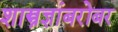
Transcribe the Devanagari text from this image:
शास्त्रज्ञांबरोबर